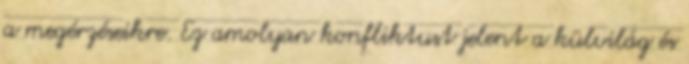
a megérzéseikre. Ez amolyan konfliktust jelent a külvilág és